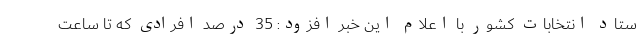
ستاد انتخابات کشور با اعلام این خبر افزود: 35 درصد افرادی که تا ساعت